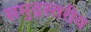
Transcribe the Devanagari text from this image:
समुद्रस्तरीय